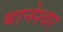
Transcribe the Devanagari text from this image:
बानेश्वर